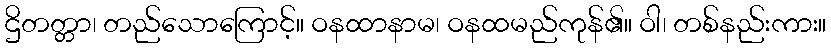
ဌိတတ္တာ၊ တည်သောကြောင့်။ ဝနထာနာမ၊ ဝနထမည်ကုန်၏။ ဝါ၊ တစ်နည်းကား။